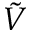
\tilde { V }